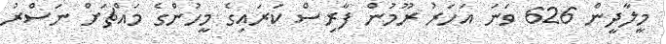
މީލާދީން 626 ވަނަ އަހަރު ރޫމުން ފާރިސް ކަރައިގެ މީހުންގެ މައްޗަށް ނަސްރު